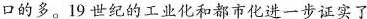
口的多。19世纪的工业化和都市化进一步证实了